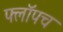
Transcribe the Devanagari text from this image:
फ्लॉपच